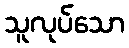
သူလုပ်သော